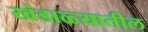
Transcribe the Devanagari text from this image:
खंडाळ्यातील